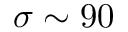
\sigma \sim 9 0